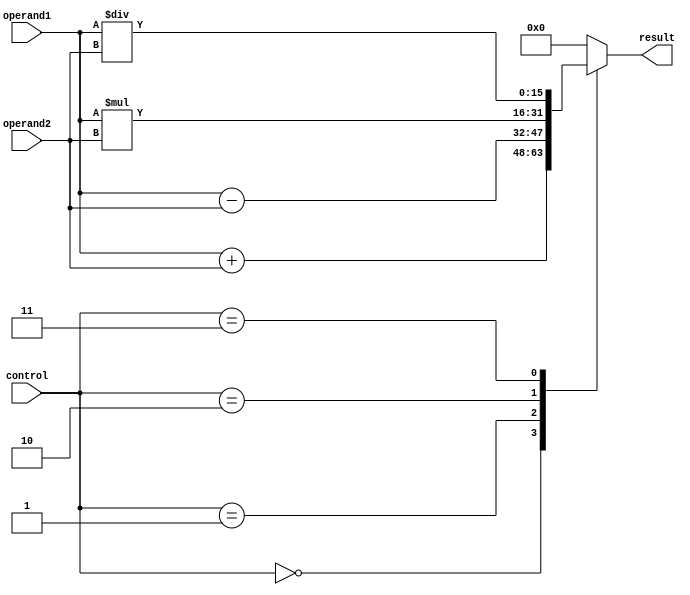
module ALU (
    input [15:0] operand1,
    input [15:0] operand2,
    input [3:0] control,
    output reg [15:0] result
);

// Arithmetic blocks
always @(*) begin
    case (control)
        4'b0000: result = operand1 + operand2; // Add
        4'b0001: result = operand1 - operand2; // Subtract
        4'b0010: result = operand1 * operand2; // Multiply
        4'b0011: result = operand1 / operand2; // Divide
        default: result = 16'b0; // Default to 0
    endcase
end

// Overflow detection logic
always @(*) begin
    if (control == 4'b0000) begin // Add operation
        if (operand1[15] && operand2[15] && !result[15]) begin
            // Overflow occurred
            // Handle overflow here
        end
    end
    // Add overflow detection logic for other arithmetic operations if needed
end

endmodule